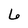
Character: 6